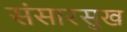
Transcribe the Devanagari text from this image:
संसारसुख